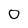
Character: 0